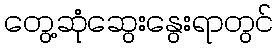
တွေ့ဆုံဆွေးနွေးရာတွင်